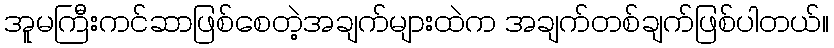
အူမကြီးကင်ဆာဖြစ်စေတဲ့အချက်များထဲက အချက်တစ်ချက်ဖြစ်ပါတယ်။